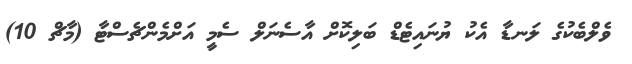
ވެލްބެކުގެ ލަނޑާ އެކު ޔުނައިޓެޑް ބަލިކޮށް އާސެނަލް ސެމީ އަށްމެންޗެސްޓާ (މާޗް 10)